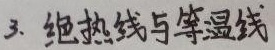
3. 绝热线与等温线